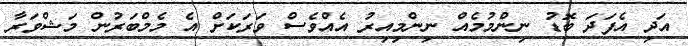
އަދި އެފަދަ ބޮޑު ނިންމުމެއް ނިންމިއިރު އެއްވެސް ވަރަކަށް އެ މެމްބަރުން މަޝްވަރާ